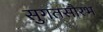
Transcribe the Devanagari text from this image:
सुगतसौरभ